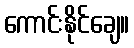
ကောင်းနိုင်ချေ။